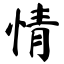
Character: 情